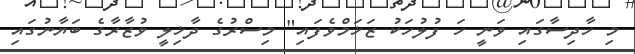
މި ހާދިސާގައި ވަނީ ހަ ފުލުހަކު ޒަޚަމްވެފައި" މިސްރުގެ ދާޚިލީ ވުޒާރާގެ ބަޔާނުގައި